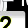
Digit: 2